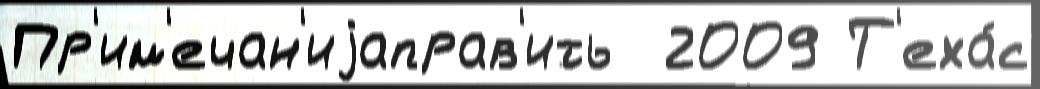
Пр'им'ечан'иjаправ'ить  2009 Т'еха́с